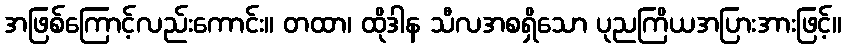
အဖြစ်ကြောင့်လည်းကောင်း။ တထာ၊ ထိုဒါန သီလအစရှိသော ပုညကြိယအပြားအားဖြင့်။